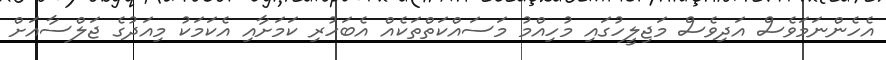
އެހެންނަމަވެސް އަދިވެސް މަޖިލީހުގައި މުހިއްމު މަސައްކަތްތަކެއް އެބަހުރި ކަމަށާއި އެކަމަކު މިއަދުގެ ޖަލްސާއަށް